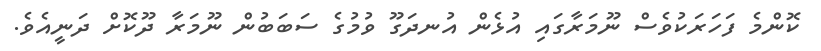
ކޮންމެ ފަހަރަކުވެސް ނޫމަރާގައި އުޅެން އުނދަގޫ ވުމުގެ ސަބަބުން ނޫމަރާ ދޫކޮށް ދަނީއެވެ.